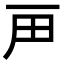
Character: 𬻉